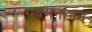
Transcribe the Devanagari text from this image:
पदमनाभन